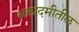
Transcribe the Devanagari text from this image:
अकादमीतील